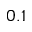
0 . 1